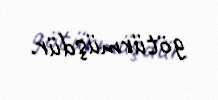
götürmüşdür.